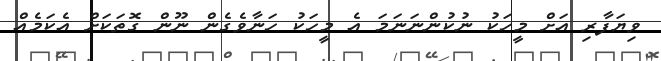
ވިޔަފާރި އަށް މީހަކު ނުކުންނަނަމަ އެ މީހަކު ހަނާވެގެން ނޫން ގޮތަކަށް އެކަމެއް